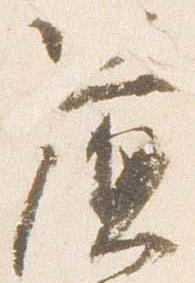
簾